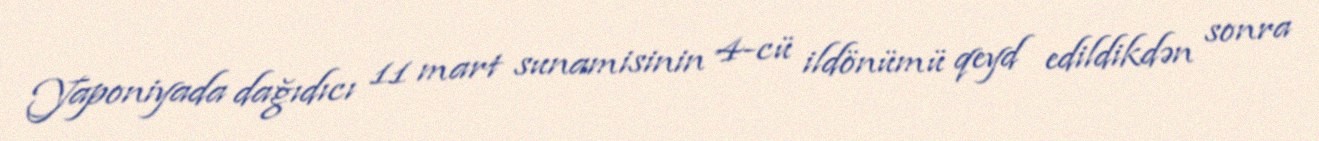
Yaponiyada dağıdıcı 11 mart sunamisinin 4-cü ildönümü qeyd edildikdən sonra